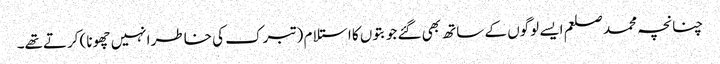
چنانچہ محمد صلعم ایسے لوگوں کے ساتھ بھی گئے جو بتوں کا استلام (تبرک کی خاطر انہیں چھونا) کرتےتھے۔